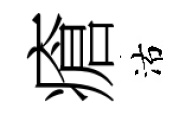
瘡沽